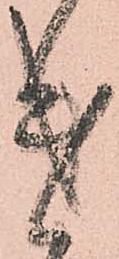
遣